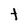
Character: t